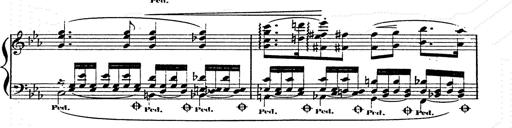
Title: Franz Schuberts geistliche Lieder
Composer: Franz Liszt